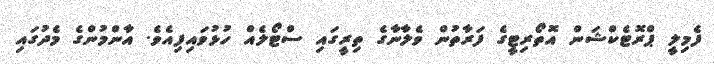
ފެމިލީ ޕްރޮޓެކްޝަން އޮތޯރިޓީގެ ފަރާތުން ވެލާނާގެ ތިރީގައި ސްޓޯލެއް ހުޅުވައިފިއެވެ. އާންމުންގެ މެދުގައި